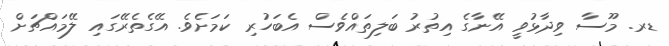
ޑރ. މޫސާ ވިދާޅުވީ އޭނާގެ އިތުރު ބަލިތައްވެސް އެބަހުރި ކަމަށެވެ. އޭގެތެރޭގައި ލޭމައްޗަށް